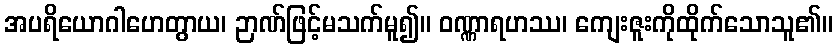
အပရိယောဂါဟေတွာယ၊ ဉာဏ်ဖြင့်မသက်မူ၍။ ဝဏ္ဏာရဟဿ၊ ကျေးဇူးကိုထိုက်သောသူ၏။